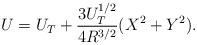
LaTeX: \begin{align*}U=U_T+\frac{3U_T^{1/2}}{4R^{3/2}}(X^2+Y^2).\end{align*}